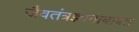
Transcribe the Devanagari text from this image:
जैवतंत्रज्ञानाबाबत